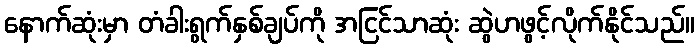
နောက်ဆုံးမှာ တံခါးရွက်နှစ်ချပ်ကို အငြင်သာဆုံး ဆွဲဟဖွင့်လိုက်နိုင်သည်။